Report of the Municipal Commissioner on the plague in Bombay for the year ending 31st May... - Volume 1
Disease focus: Plague
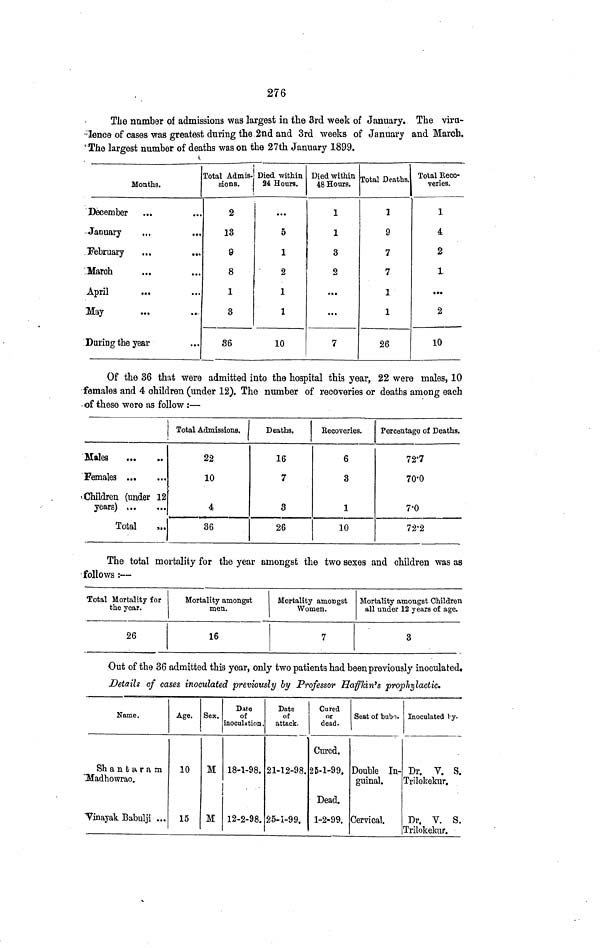
276
The number of admissions was largest in the 3rd week of January. The viru-
lence of cases was greatest during the 2nd and 3rd weeks of January and March.
The largest number of deaths was on the 27th January 1899.
Months.
December
January
February
March
April
Hay
···
...
··»
···
**·
...
Daring the year
···
...
*··
...
...
Total Admis-
sions.
2
13
θ
8
1
8
36
Died within
24 Hours.
...
5
1
2
1
1
10
Died within
48 Hours.
1
1
3
2
...
...
7
Total Deaths.
1
9
7
7
1
26
Tolal Beco-
veries.
1
4
2
1.
2
10
Of the 36 that were admitted into the hospital this year, 22 were males, 10
females and 4 children (under 12). The number of recoveries or deaths among each
of these were as follow :—
Males
Females
Children (under 12
years)
Total
Total Admissions.
22
10
4
36
Deaths.
16
7
3
26
Recoveries.
6
3
1
10
Percentage of Deaths.
72.7
70.0
7.0
72.2
The total mortality for the year amongst the two sexes and children was as
follows :—
Total Mortality for
the year.
26
Mortality amongst
men.
16
Mortality amongst
Women.
7
Mortality amongst Children
all under 12 years of age.
3
Out of the 36 admitted this year, only two patients had been previously inoculated·
Details of cases inoculated previously by Professor Haffkin's
prophylactic.
Name.
Shantaram
"Madhowrao.
Vinayak Bsbul ji ...
Age.
10
15
Sex.
Μ
Μ
Date
of
inoculation.
18-1-98.
12-2-98.
Date
of
attack.
21-12-98.
25-1-99.
Cured
or
dead.
Cured.
25-1-99.
Dead.
1-2-99.
Seat of bubo.
Double In-
guinal.
Cervical.
Inoculated by
Dr. V. S.
Trilokekur.
Dr. V. S.
Trilokekur.